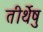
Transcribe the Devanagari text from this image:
तीर्थेषु